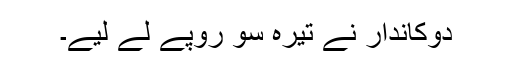
دوکاندار نے تیرہ سو روپے لے لیے۔